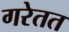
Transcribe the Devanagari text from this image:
गरेतत